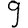
Digit: 9